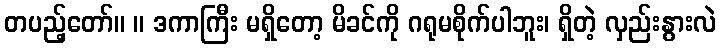
တပည့်တော်။ ။ ဒကာကြီး မရှိတော့ မိခင်ကို ဂရုမစိုက်ပါဘူး၊ ရှိတဲ့ လှည်းနွားလဲ